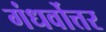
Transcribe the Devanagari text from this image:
गंधर्वोत्तर